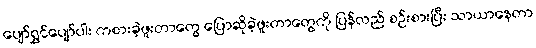
ပျော်ရွှင်ပျော်ပါး ကစားခဲ့ဖူးတာတွေ ပြောဆိုခဲ့ဖူးတာတွေကို ပြန်လည် စဉ်းစားပြီး သာယာနေတာ